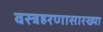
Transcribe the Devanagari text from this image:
वस्त्रहरणासारख्या